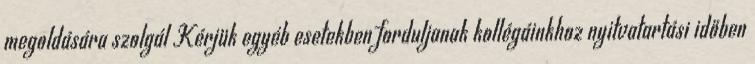
megoldására szolgál Kérjük egyéb esetekben forduljanak kollégáinkhoz nyitvatartási időben